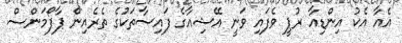
އެއާ އެކު އިންޑިއާ ރުޕީ ވެފައި ވަނީ އޭޝިއާގެ ފައިސާތަކުގެ ތެރެއިން ޕާފޯމަންސް